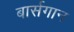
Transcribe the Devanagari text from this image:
बार्सगान